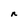
Character: n